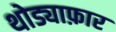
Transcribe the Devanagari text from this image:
थोड्याफ़ार